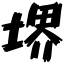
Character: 堺